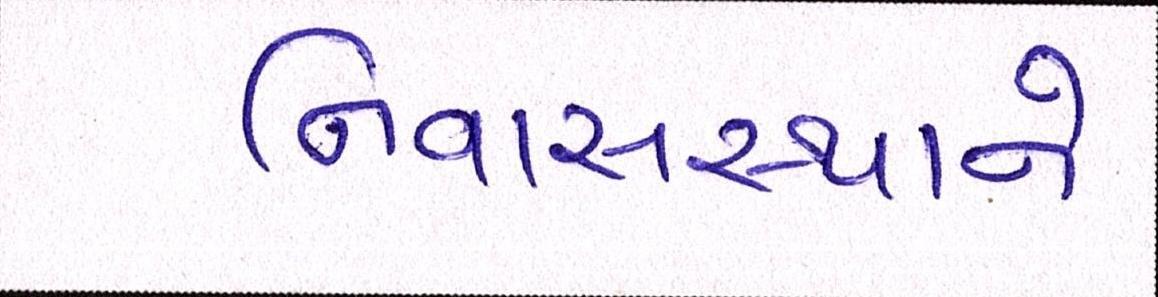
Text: નિવાસસ્થાને